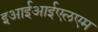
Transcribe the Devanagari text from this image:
इआईआईएलएम